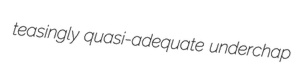
teasingly quasi-adequate underchap